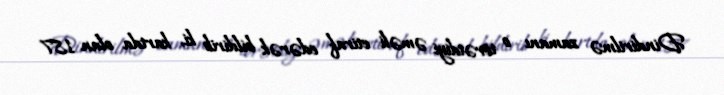
Dindirilmə zamanı o törətdiyi əməli etiraf edərək bildirib ki, kartda olan 187